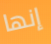
إنها